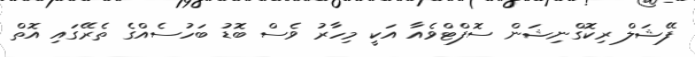
ފޭޝަލް ރިކޮގްނިޝަން ސޮފްޓްވެއާ އަކީ މިހާރު ވެސް ބޮޑު ބަހުސެއްގެ ތެރޭގައި އޮތް